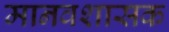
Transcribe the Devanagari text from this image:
मानवशासक